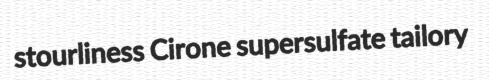
stourliness Cirone supersulfate tailory